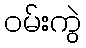
ဝမ်းကွဲ